Language: tamil
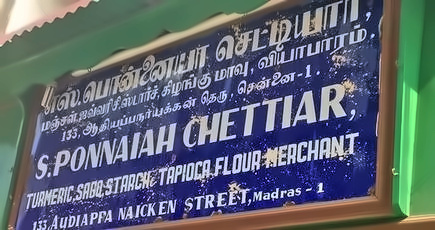
Transcription: சென்னை பொன்னையா செட்டியா கிழங்கு தெரு வியாபாரம் மாவு